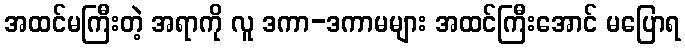
အထင်မကြီးတဲ့ အရာကို လူ ဒကာ-ဒကာမများ အထင်ကြီးအောင် မပြောရ